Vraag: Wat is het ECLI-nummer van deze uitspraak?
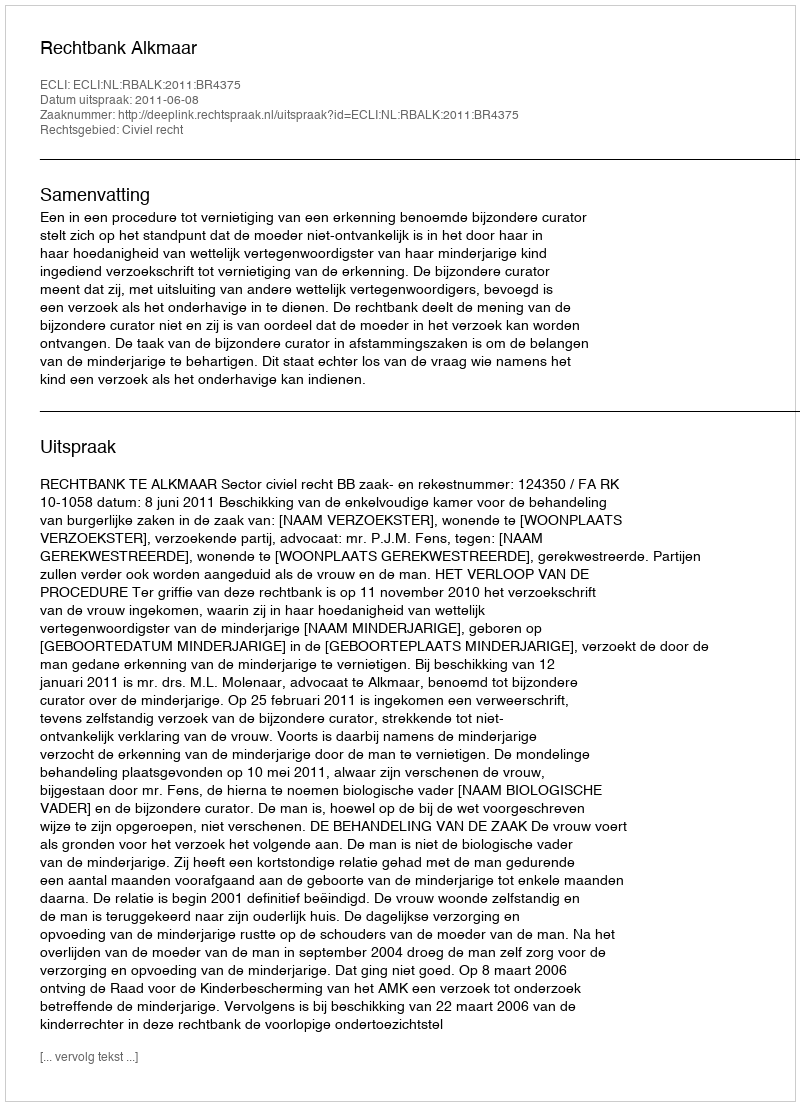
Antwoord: ECLI:NL:RBALK:2011:BR4375